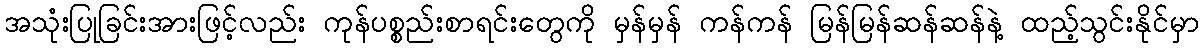
အသုံးပြုခြင်းအားဖြင့်လည်း ကုန်ပစ္စည်းစာရင်းတွေကို မှန်မှန် ကန်ကန် မြန်မြန်ဆန်ဆန်နဲ့ ထည့်သွင်းနိုင်မှာ